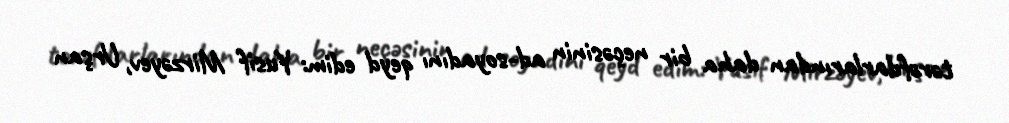
tərəfdarlarından daha bir neçəsinin ad-soyadını qeyd edim: Yusif Mirzəyev, Urşan